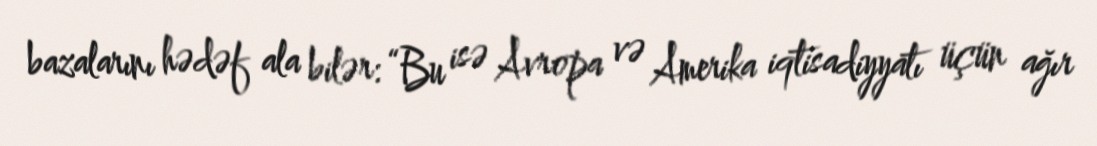
bazalarını hədəf ala bilər: “Bu isə Avropa və Amerika iqtisadiyyatı üçün ağır